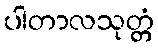
ပါတာလသုတ္တံ